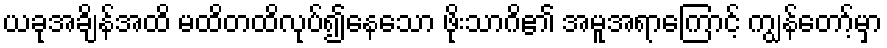
ယခုအချိန်အထိ မထိတထိလုပ်၍နေသော ဖိုးသာဂိ၏ အမူအရာကြောင့် ကျွန်တော့်မှာ